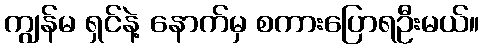
ကျွန်မ ရှင်နဲ့ နောက်မှ စကားပြောရဦးမယ်။